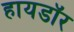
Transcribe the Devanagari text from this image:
हायडॉर